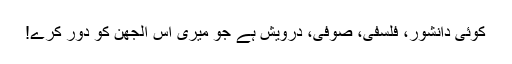
کوئی دانشور، فلسفی، صوفی، درویش ہے جو میری اس الجھن کو دور کرے!